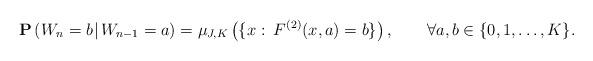
LaTeX: \begin{align*}\mathbf{P}\left(W_n=b\:\vline\:W_{n-1}=a\right)=\mu_{J,K}\left(\{x:\:F^{(2)}(x,a)=b\}\right),\qquad\forall a,b\in\{0,1,\dots,K\}.\end{align*}